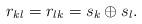
LaTeX: \begin{align*}r_{kl}=r_{lk}=s_{k}\oplus s_{l}.\end{align*}